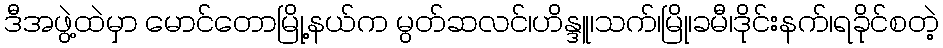
ဒီအဖွဲ့ထဲမှာ မောင်တောမြို့နယ်က မွတ်ဆလင်၊ဟိန္ဒူ၊သက်၊မြို၊ခမီ၊ဒိုင်းနက်၊ရခိုင်စတဲ့